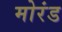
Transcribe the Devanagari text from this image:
मोरंड